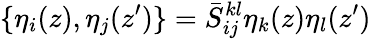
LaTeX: \{ \eta_{i}(z),\eta_{j}(z^{\prime})\} =\bar{S}_{ij}^{kl}\eta_{k}(z)\eta_{l}(z^{\prime})